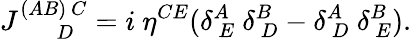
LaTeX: J_{~~~~~~~~D}^{(AB)~C}=i~\eta^{CE}(\delta_{~E}^{A}~\delta_{~D}^{B}-\delta_{~D}^{A}~\delta_{~E}^{B}).